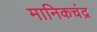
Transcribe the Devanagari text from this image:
मानिकचंद्र